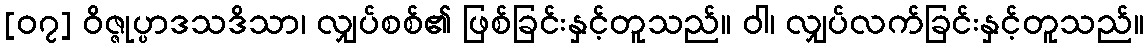
[၀၇] ဝိဇ္ဇုပ္ပာဒသဒိသာ၊ လျှပ်စစ်၏ ဖြစ်ခြင်းနှင့်တူသည်။ ဝါ၊ လျှပ်လက်ခြင်းနှင့်တူသည်။